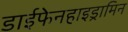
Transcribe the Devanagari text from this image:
डाईफेनहाइड्रामिन